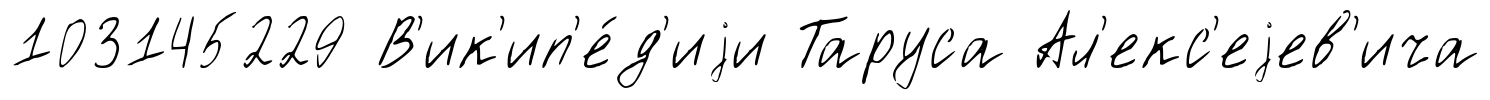
103145229 В'ик'ип'е́д'иjи Таруса Ал'екс'еjев'ича